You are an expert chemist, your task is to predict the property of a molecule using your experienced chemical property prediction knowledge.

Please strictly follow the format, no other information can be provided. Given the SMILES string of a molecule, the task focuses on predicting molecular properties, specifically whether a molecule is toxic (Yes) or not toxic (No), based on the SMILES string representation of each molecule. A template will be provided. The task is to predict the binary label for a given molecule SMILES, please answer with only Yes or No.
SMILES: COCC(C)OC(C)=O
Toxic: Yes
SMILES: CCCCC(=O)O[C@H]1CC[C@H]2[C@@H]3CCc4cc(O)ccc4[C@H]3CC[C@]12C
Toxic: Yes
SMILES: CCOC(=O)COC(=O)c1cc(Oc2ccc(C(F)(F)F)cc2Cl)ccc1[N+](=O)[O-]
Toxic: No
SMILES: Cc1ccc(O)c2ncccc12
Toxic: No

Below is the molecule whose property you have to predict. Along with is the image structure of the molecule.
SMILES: CCCN(CCC)C(=O)C(CCC(=O)O)NC(=O)c1ccccc1
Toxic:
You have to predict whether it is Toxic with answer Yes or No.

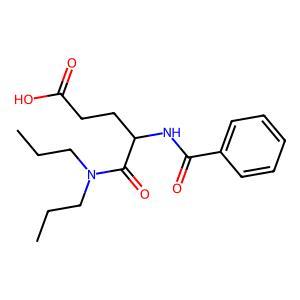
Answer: No